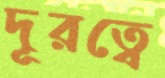
দূরত্বে